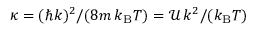
{ \kappa = ( \hbar k ) ^ { 2 } / ( 8 m \, k _ { \mathrm { B } } T ) = { \mathcal U } \, k ^ { 2 } / ( k _ { \mathrm { B } } T ) }